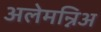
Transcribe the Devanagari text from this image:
अलेमन्निअ